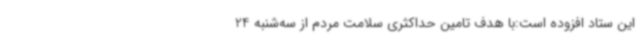
این ستاد افزوده است:با هدف تامین حداکثری سلامت مردم از سه‌شنبه 24